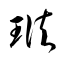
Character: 琺